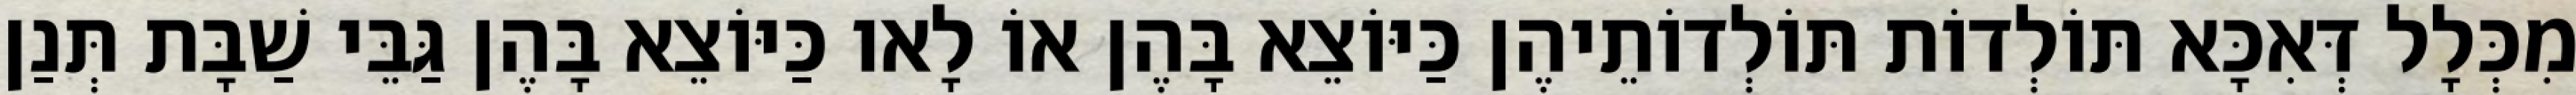
מִכְּלָל דְּאִכָּא תּוֹלְדוֹת תּוֹלְדוֹתֵיהֶן כַּיּוֹצֵא בָּהֶן אוֹ לָאו כַּיּוֹצֵא בָּהֶן גַּבֵּי שַׁבָּת תְּנַן